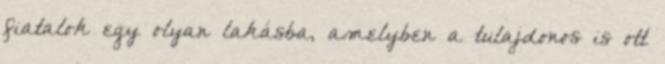
fiatalok egy olyan lakásba, amelyben a tulajdonos is ott